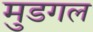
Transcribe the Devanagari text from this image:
मुडगल